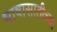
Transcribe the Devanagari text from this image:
भाषासाठीच्या